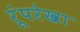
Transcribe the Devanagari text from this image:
रूंपरेखा